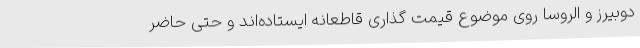
دوبیرز و الروسا روی موضوع قیمت گذاری قاطعانه ایستاده‌اند و حتی حاضر